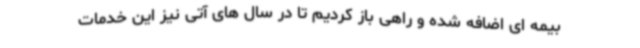
بیمه ای اضافه شده و راهی باز کردیم تا در سال های آتی نیز این خدمات